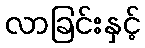
လာခြင်းနှင့်